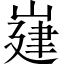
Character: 𡺅